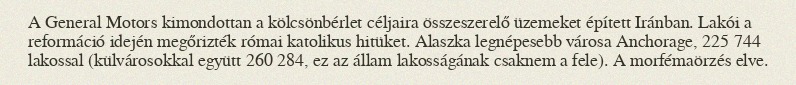
A General Motors kimondottan a kölcsönbérlet céljaira összeszerelő üzemeket épített Iránban. Lakói a reformáció idején megőrizték római katolikus hitüket. Alaszka legnépesebb városa Anchorage, 225 744 lakossal (külvárosokkal együtt 260 284, ez az állam lakosságának csaknem a fele). A morfémaörzés elve.